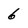
Character: 6